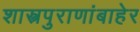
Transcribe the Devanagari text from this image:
शास्त्रपुराणांबाहेर